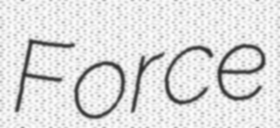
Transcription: Force